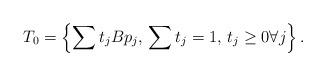
LaTeX: \begin{align*}T_0 = \left\{ \sum t_j B p_j , \, \sum t_j = 1, \, t_j \geq 0\forall j \right\}.\end{align*}